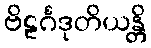
ဗိဠင်္ဂဒုတိယန္တိ